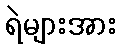
ရဲများအား